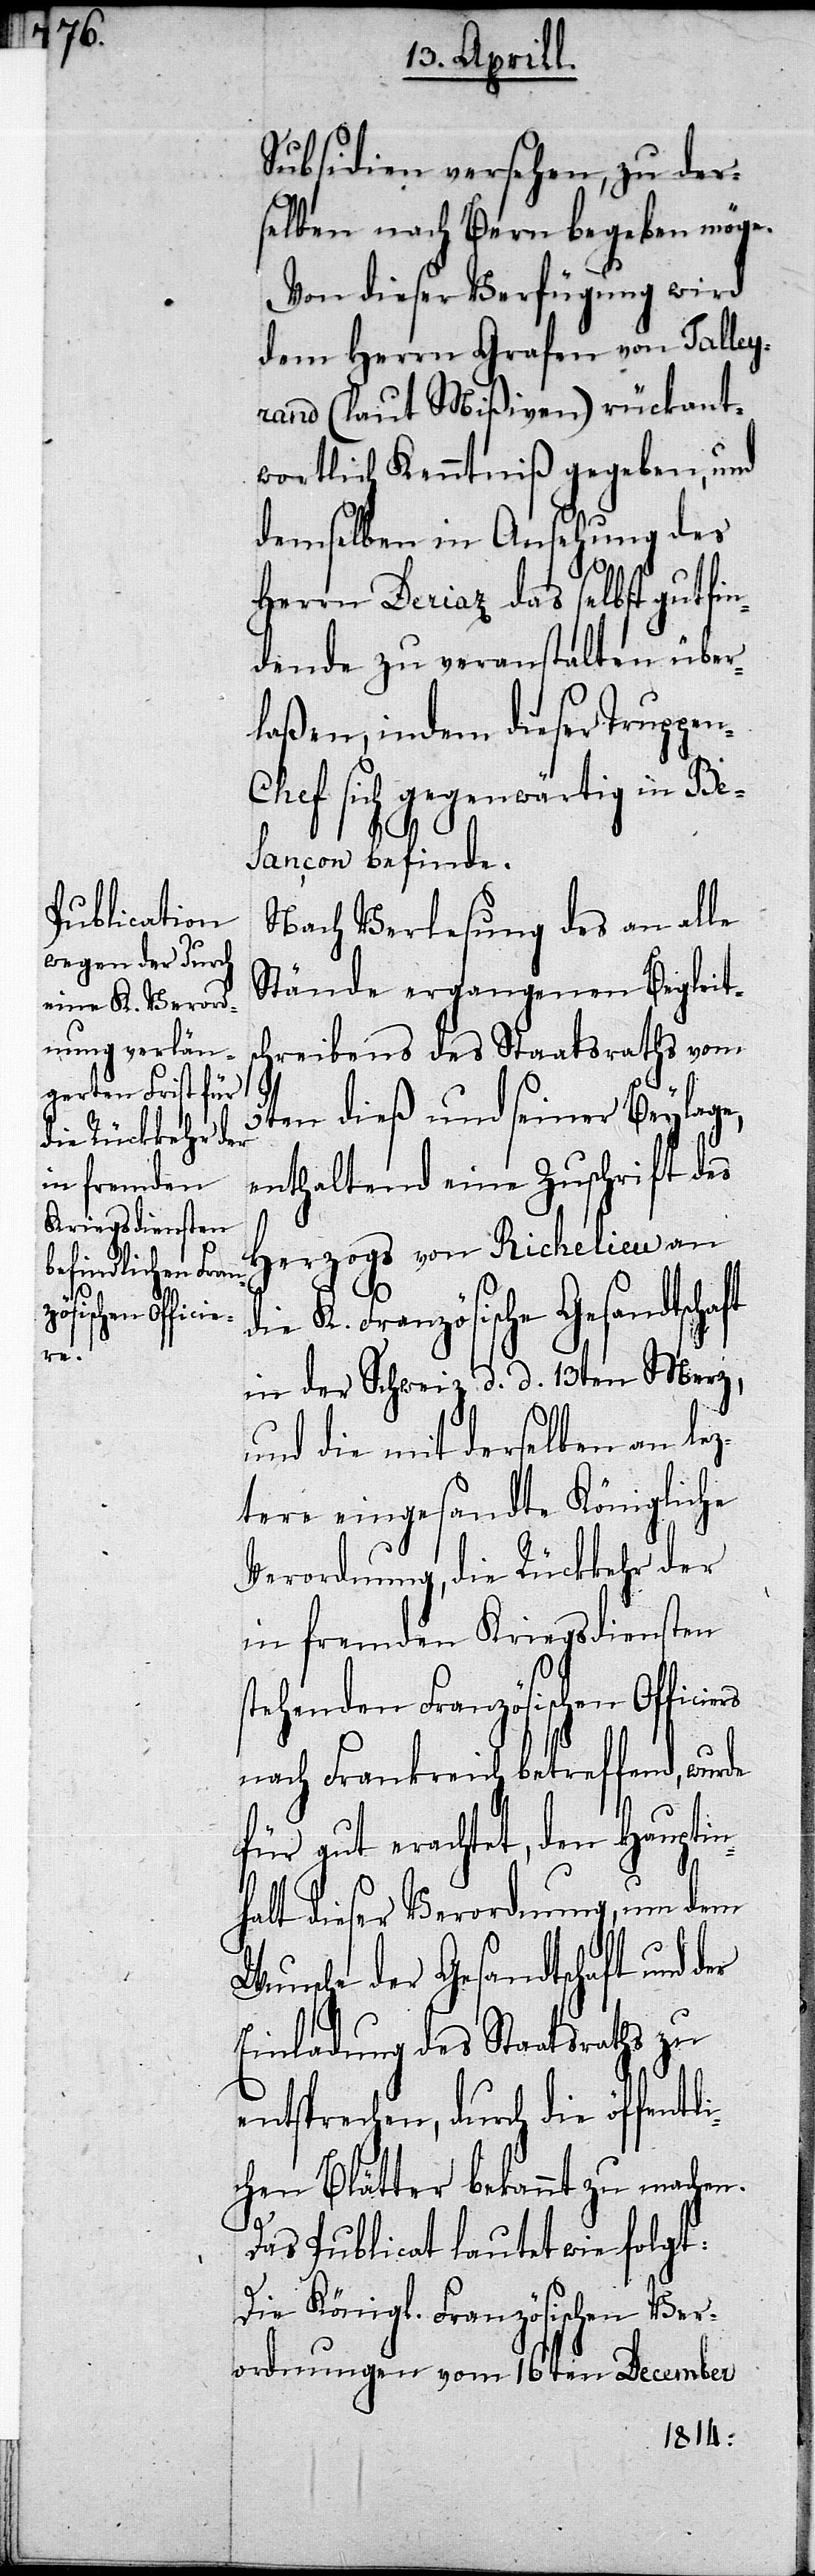
n-C¬

Subsidien versehen, zu der¬
selben nach Bern begeben möge.
Von dieser Verfügung wird
dem Herrn Grafen von Talley¬
rand (laut Mißiven) rückant¬
wortlich Kenntniß gegeben, und
demselben in Ansehung des
Herrn Deriaz das selbst gutfin¬
dende zu veranstalten über¬
laßen, indem dieser Truppe¬
hef sich gegenwärtig in Be¬
sançon befinde.
Nach Verlesung des an alle
Stände ergangenen Begleits¬
chreibens des Staatsraths vom
der
5ten dieß und seiner Beylage,
enthaltend eine Zuschrift des
Herzogs von Richelieu an
K. Französische Gesandtsch¬
in der Schweiz d. d. 13ten Merz,
und die mit derselben an lez¬
tere eingesandte Königliche
Verordnung, die Rückkehr der
in fremden Kriegsdiensten
stehenden Französischen Offici¬
nach Frankreich betreffend, wurde
für gut erachtet, den Hauptin¬
halt dieser Verordnung, um dem
Wunsche der Gesandtschaft und
Einladung des Staatsraths zu
entsprechen, durch die öffentl¬
ichen Blätter bekannt zu machen.
Das Publicat lautete wie folgt:
Die Königl. Französische Ver¬
ordnung vom 16ten December